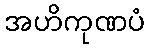
အဟိကုဏပံ